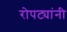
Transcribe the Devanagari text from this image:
रोपट्यांनी